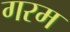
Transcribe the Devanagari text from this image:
गरम